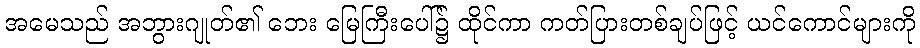
အမေသည် အဘွားဂျုတ်၏ ဘေး မြေကြီးပေါ်၌ ထိုင်ကာ ကတ်ပြားတစ်ချပ်ဖြင့် ယင်ကောင်များကို